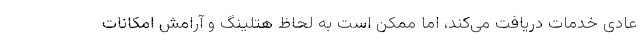
عادی خدمات دریافت می‌کند، اما ممکن است به لحاظ هتلینگ و آرامش امکانات